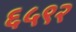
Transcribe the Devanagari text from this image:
६५९२